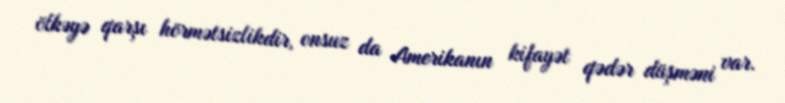
ölkəyə qarşı hörmətsizlikdir, onsuz da Amerikanın kifayət qədər düşməni var.